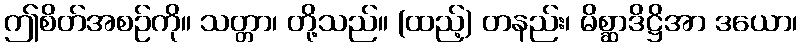
ဤစိတ်အစဉ်ကို။ သတ္တာ၊ တို့သည်။ (ထည့်) တနည်း၊ မိစ္ဆာဒိဋ္ဌိအာ ဒယော၊